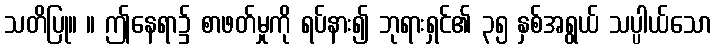
သတိပြု။ ။ ဤနေရာ၌ စာဖတ်မှုကို ရပ်နား၍ ဘုရားရှင်၏ ၃၅ နှစ်အရွယ် သပ္ပါယ်သော